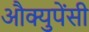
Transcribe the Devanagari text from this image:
औक्युपेंसी